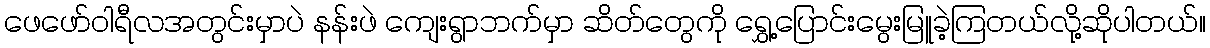
ဖေဖော်ဝါရီလအတွင်းမှာပဲ နန်းဖဲ ကျေးရွာဘက်မှာ ဆိတ်တွေကို ရွှေ့ပြောင်းမွေးမြူခဲ့ကြတယ်လို့ဆိုပါတယ်။